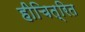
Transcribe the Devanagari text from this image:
हीचित्रित